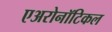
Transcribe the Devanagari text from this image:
एअरोनॉटिकल